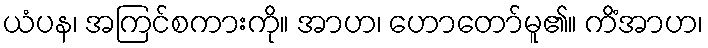
ယံပန၊ အကြင်စကားကို။ အာဟ၊ ဟောတော်မူ၏။ ကိံအာဟ၊